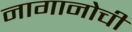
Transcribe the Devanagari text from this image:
नागानोची